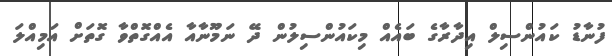
ފުނާޑު ކައުންސިލް އިދާރާގެ ބައެއް މިކައުންސިލުން ދޭ ނަމޫނާއާ އެއްގޮތްވާ ގޮތަށް އަމިއްލަ